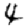
Digit: 4